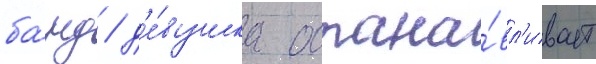
ба́нд / д'е́вушка остана́вл'ивает